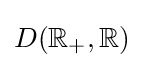
D(\mathbb {R} _{+},\mathbb {R} )